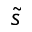
\tilde { s }